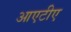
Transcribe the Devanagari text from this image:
आएटीए